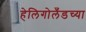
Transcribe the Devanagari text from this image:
हेलिगोलँडच्या